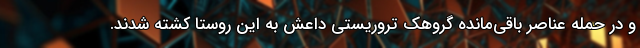
و در حمله عناصر باقی‌مانده گروهک تروریستی داعش به این روستا کشته شدند.